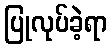
ပြုလုပ်ခဲ့ရာ